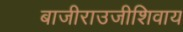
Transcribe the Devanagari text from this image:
बाजीराउजीशिवाय